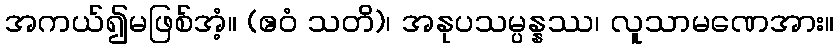
အကယ်၍မဖြစ်အံ့။ (ဧဝံ သတိ)၊ အနုပသမ္ပန္နဿ၊ လူသာမဏေအား။